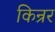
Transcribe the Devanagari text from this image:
किन्रर